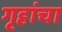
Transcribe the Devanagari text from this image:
गृहांचा